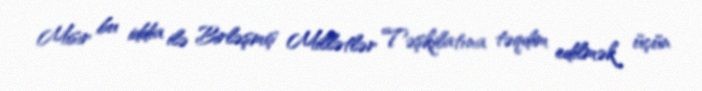
Misir bu iddia ilə Birləşmiş Millətlər Təşkilatına təqdim edilmək üçün